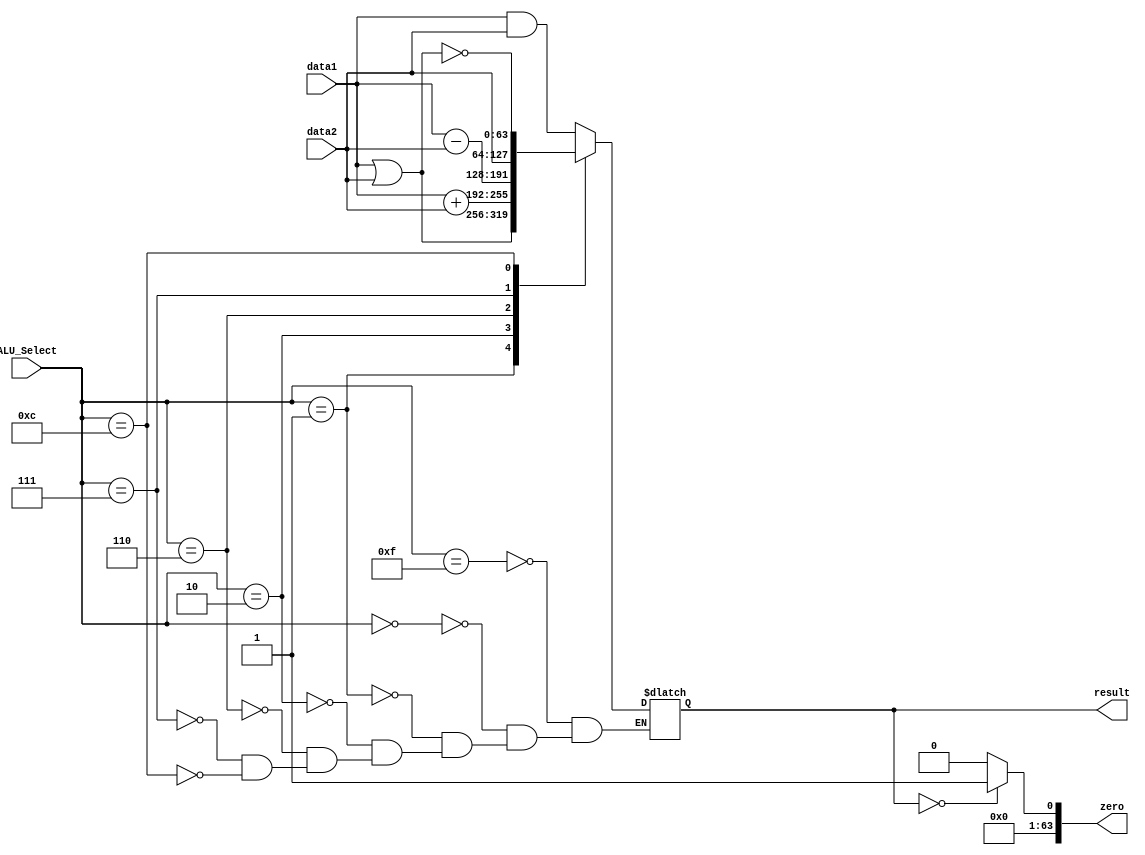
module ALU#(parameter n = 63)(data1 , data2 ,ALU_Select ,result ,zero);
input[n:0] data1;
input[n:0] data2;
input[3:0] ALU_Select;
output[n:0] result;
output[n:0] zero;
	always @(*)
	begin
		case(ALU_Select)
		4'b1111: result = 64'bz;
		4'b0000: result = data1 & data2;
		4'b0001: result = data1 | data2;
		4'b0010: result = data1 + data2;
		4'b0110: result = data1 - data2;
		4'b0111: result = data2;
		4'b1100: result = ~(data1 | data2);
		endcase
	end
	assign zero = (result == 0) ? 1 : 0;
endmodule